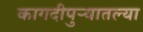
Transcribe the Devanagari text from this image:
कागदीपुर्‍यातल्या